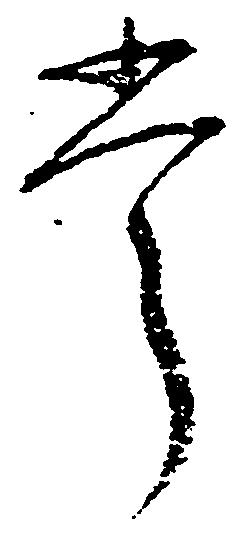
掌